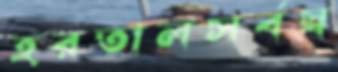
হরতালসর্বস্ব